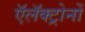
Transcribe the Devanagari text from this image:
ऍलॅक्ट्रोनों